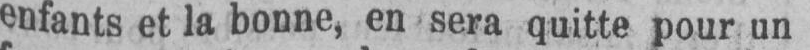
enfants et la bonne, en sera quitte pour un